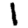
Digit: 1